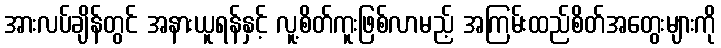
အားလပ်ချိန်တွင် အနားယူရန်နှင့် လူ့စိတ်ကူးဖြစ်လာမည့် အကြမ်းထည်စိတ်အတွေးများကို